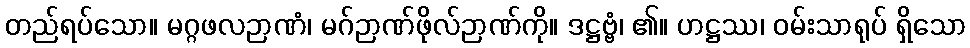
တည်ရပ်သော။ မဂ္ဂဖလဉာဏံ၊ မဂ်ဉာဏ်ဖိုလ်ဉာဏ်ကို။ ဒဋ္ဌဗ္ဗံ၊ ၏။ ဟဋ္ဌဿ၊ ဝမ်းသာရုပ် ရှိသော